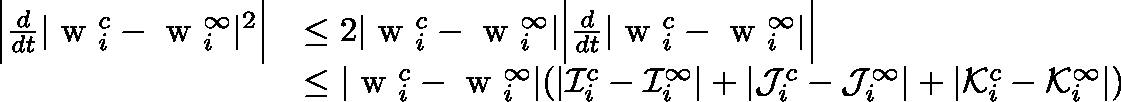
\begin{array} { r l } { \Big | \frac { d } { d t } | \mathrm { \boldmath ~ w ~ } _ { i } ^ { c } - \mathrm { \boldmath ~ w ~ } _ { i } ^ { \infty } | ^ { 2 } \Big | } & { \leq 2 | \mathrm { \boldmath ~ w ~ } _ { i } ^ { c } - \mathrm { \boldmath ~ w ~ } _ { i } ^ { \infty } | \Big | \frac { d } { d t } | \mathrm { \boldmath ~ w ~ } _ { i } ^ { c } - \mathrm { \boldmath ~ w ~ } _ { i } ^ { \infty } | \Big | } \\ & { \leq | \mathrm { \boldmath ~ w ~ } _ { i } ^ { c } - \mathrm { \boldmath ~ w ~ } _ { i } ^ { \infty } | ( | \mathcal { I } _ { i } ^ { c } - \mathcal { I } _ { i } ^ { \infty } | + | \mathcal { J } _ { i } ^ { c } - \mathcal { J } _ { i } ^ { \infty } | + | \mathcal { K } _ { i } ^ { c } - \mathcal { K } _ { i } ^ { \infty } | ) } \end{array}